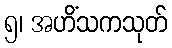
၅၊ အဟိံသကသုတ်